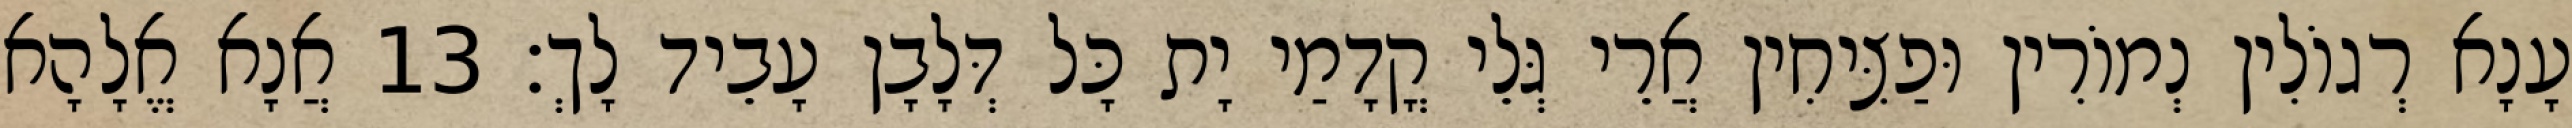
עָנָא רְגוֹלִין נְמוֹרִין וּפַצִּיחִין אֲרֵי גְּלֵי קֳדָמַי יָת כָּל דְּלָבָן עָבֵיד לָךְ׃ 13 אֲנָא אֱלָהָא